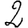
Digit: 2